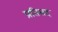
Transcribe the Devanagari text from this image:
प्रतिसद